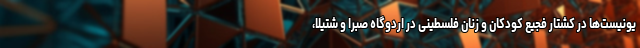
یونیست‌ها در کشتار فجیع کودکان و زنان فلسطینی در اردوگاه صبرا و شتیلا،